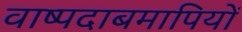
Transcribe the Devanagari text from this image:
वाष्पदाबमापियों